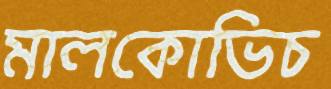
মালকোভিচ